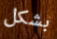
بشكل